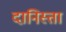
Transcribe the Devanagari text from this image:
दानिस्ता